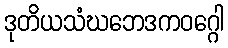
ဒုတိယသံဃဘေဒကဝဂ္ဂေါ